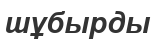
шұбырды